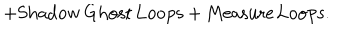
LaTeX: + \mathrm { S h a d o w \, G h o s t \, L o o p s } + \mathrm { M e a s u r e \, L o o p s } .